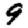
Digit: 9